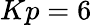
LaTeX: Kp=6